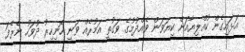
އަޅައިގެން ކުއްލިޔާއަށް ކިޔަވަން ވެއްދުމުގެ ވަގުތީ އަމުރެއް ވަނީ ހޮނިހިރު ދުވަހު ނެރެފަ